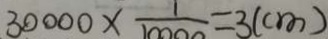
3 0 0 0 0 \times \frac { 1 } { 1 0 0 0 0 } = 3 ( c m )